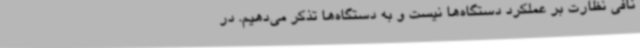
نافی نظارت بر عملکرد دستگاه‌ها نیست و به دستگاه‌ها تذکر می‌دهیم. در